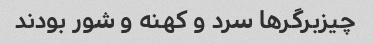
چیزبرگرها سرد و کهنه و شور بودند